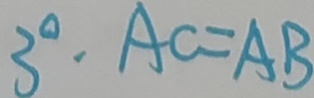
3 ^ { \circ } \cdot A C = A B